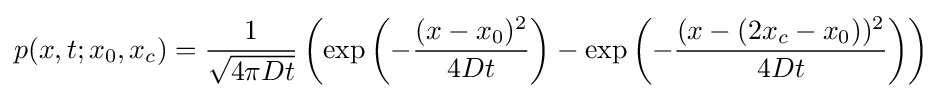
p(x,t;x_{0},x_{c})={\frac {1}{\sqrt {4\pi Dt}}}\left(\exp \left(-{\frac {(x-x_{0})^{2}}{4Dt}}\right)-\exp \left(-{\frac {(x-(2x_{c}-x_{0}))^{2}}{4Dt}}\right)\right)